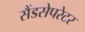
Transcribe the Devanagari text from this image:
सैंडसेपरेटर